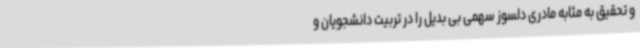
و تحقیق به مثابه مادری دلسوز سهمی بی بدیل را در تربیت دانشجویان و